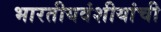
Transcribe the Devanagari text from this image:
भारतीयवंशीयांची